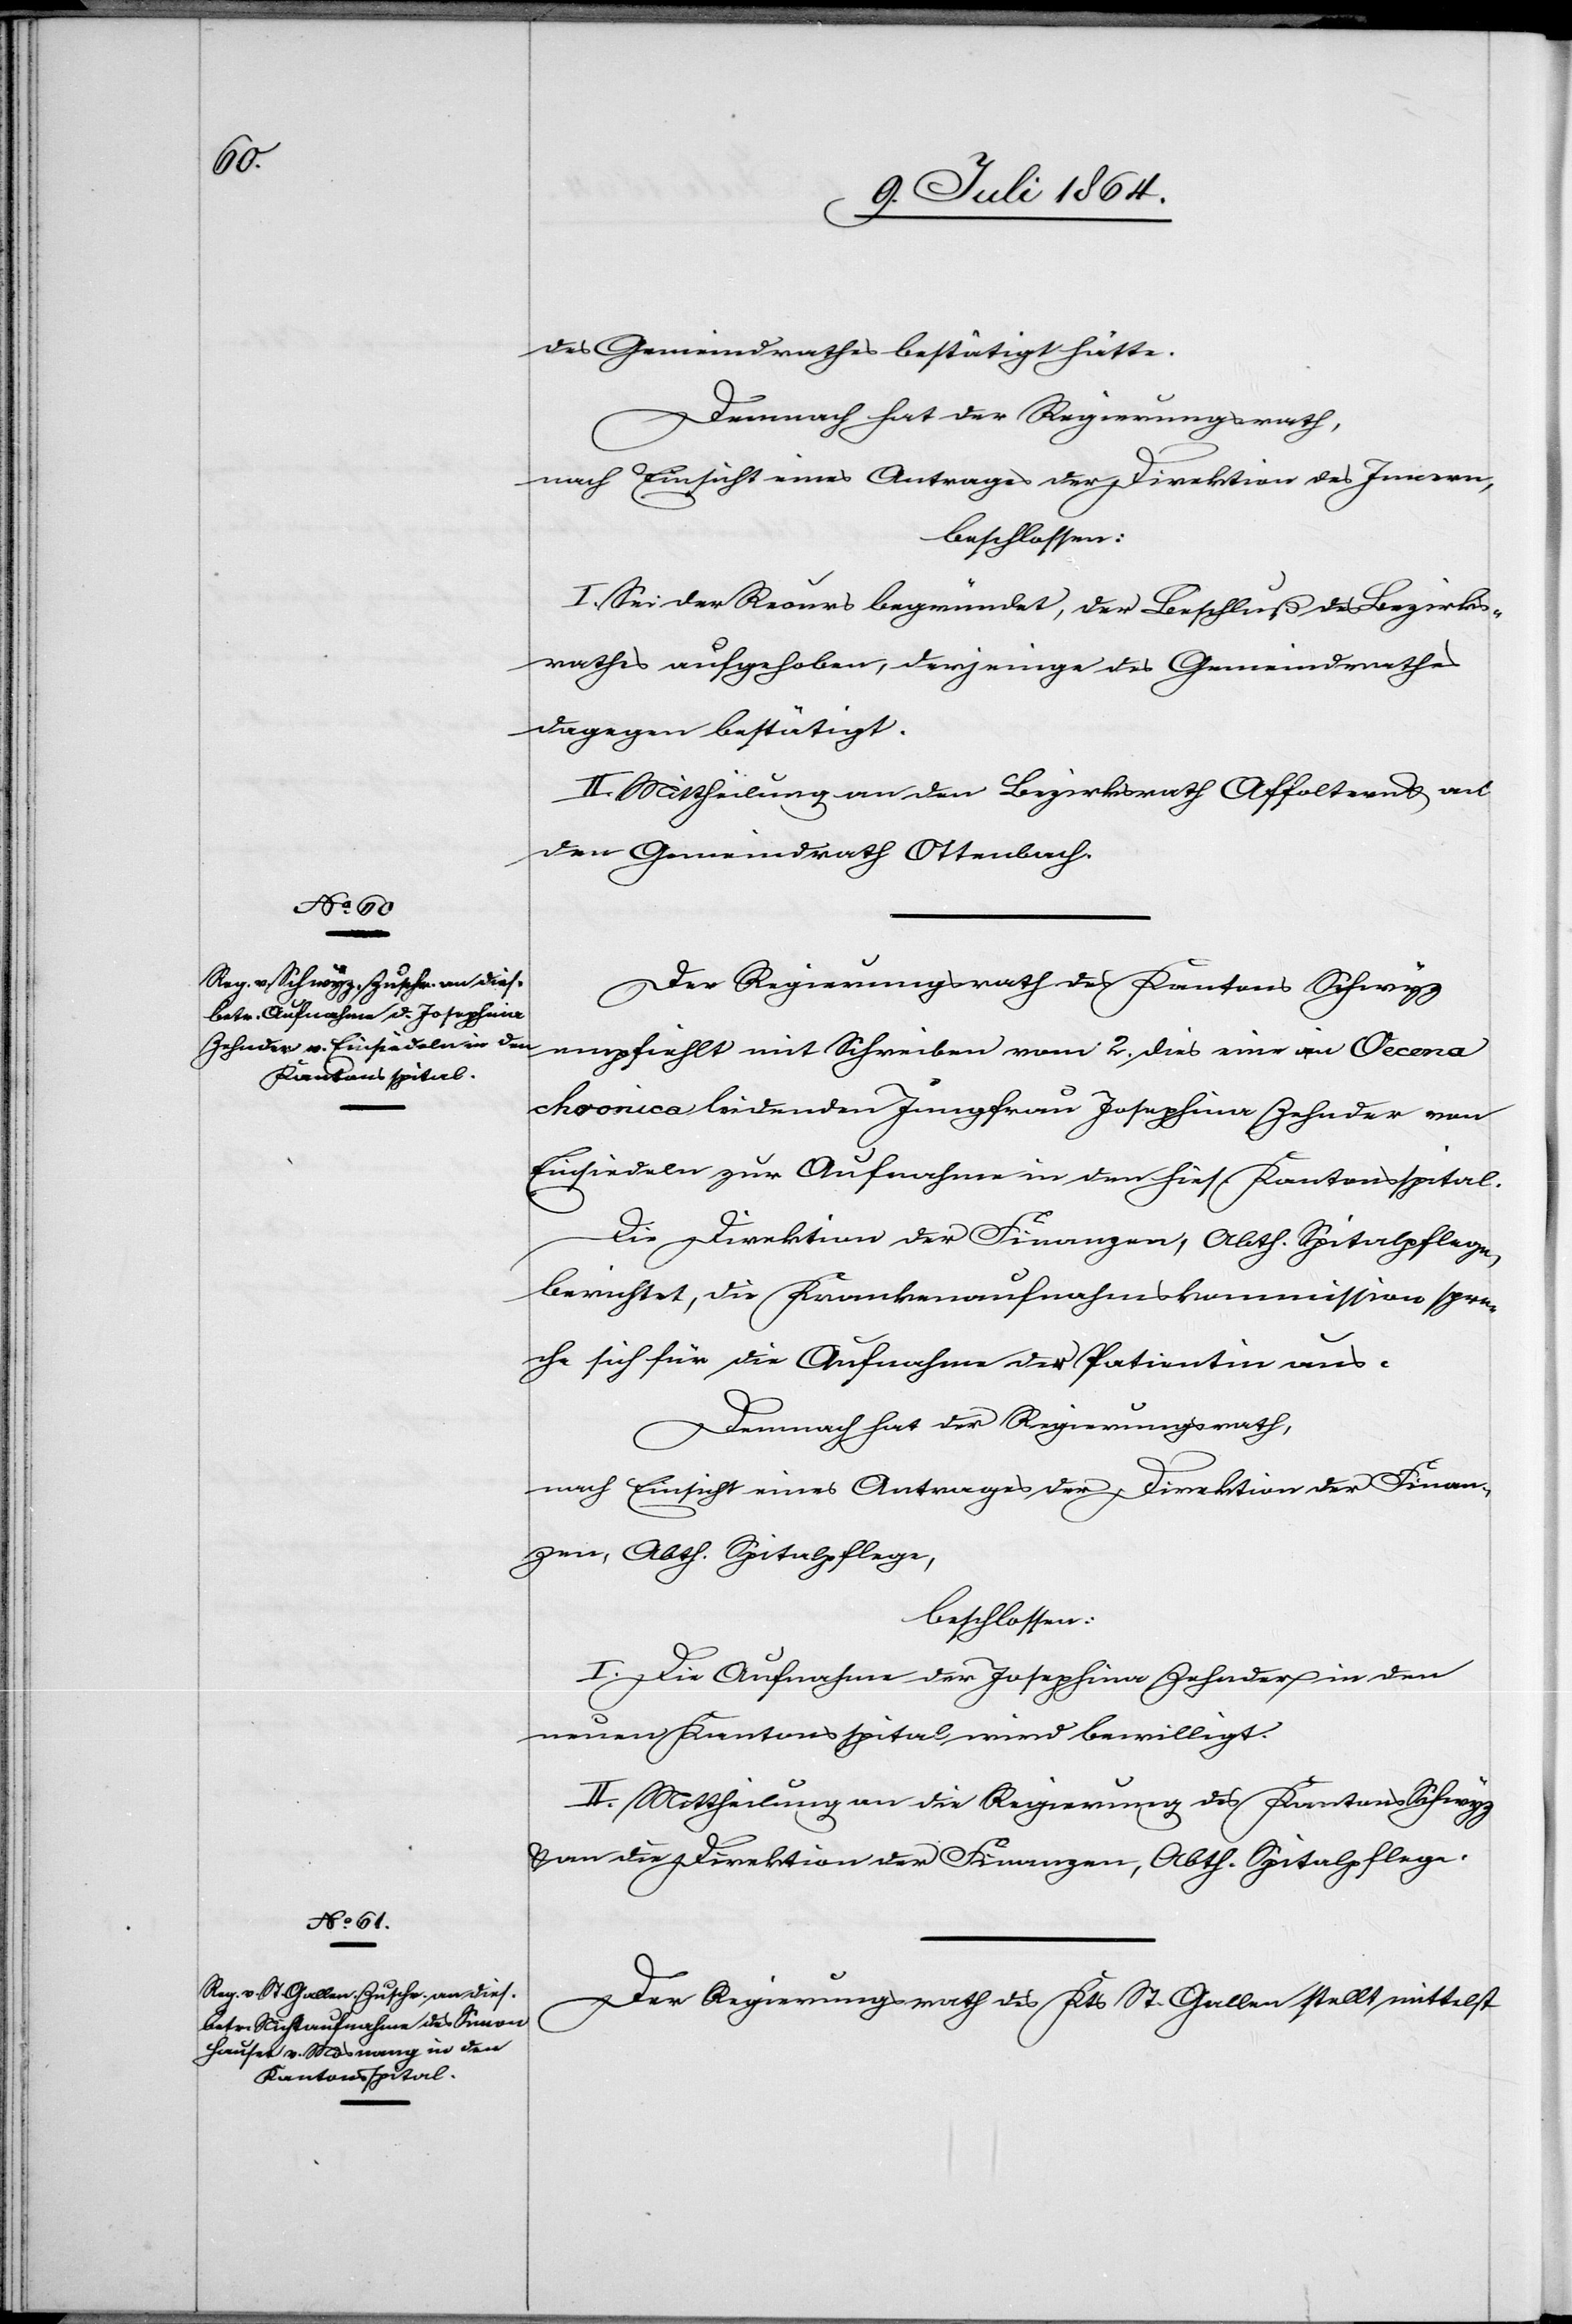
des Gemeindrathes bestätigt hätte.
Demnach hat der Regierungsrath,
nach Einsicht eines Antrages der Direktion des Innern,
beschlossen:
I. Sei der Recurs begründet, der Beschluß des Bezirks¬
rathes aufgehoben, derjenige des Gemeindrathes
dagegen bestätigt.
II. Mittheilung an den Bezirksrath Affoltern u. an
den Gemeindrath Ottenbach.
Der Regierungsrath des Kantons Schwyz
empfiehlt mit Schreiben vom 2. dies eine an Oecena
chronica leidenden [sic!] Jungfrau Josephina Zehnder von
Einsiedeln zur Aufnahme in den hies. Kantonsspital.
Die Direktion der Finanzen, Abth. Spitalpflege,
berichtet, die Krankenaufnahmskommission spre¬
che sich für die Aufnahme der Patientin aus.
Demnach hat der Regierungsrath,
nach Einsicht eines Antrages der Direktion der Finan¬
zen, Abth. Spitalpflege,
beschlossen:
I. Die Aufnahme der Josephina Zehnder in den
neuen Kantonsspital wird bewilligt.
II. Mittheilung an die Regierung des Kantons Schwyz
u. an die Direktion der Finanzen, Abth. Spitalpflege.
Der Regierungsrath des Kts St. Gallen stellt mittelst